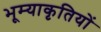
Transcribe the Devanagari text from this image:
भूम्याकृतियों